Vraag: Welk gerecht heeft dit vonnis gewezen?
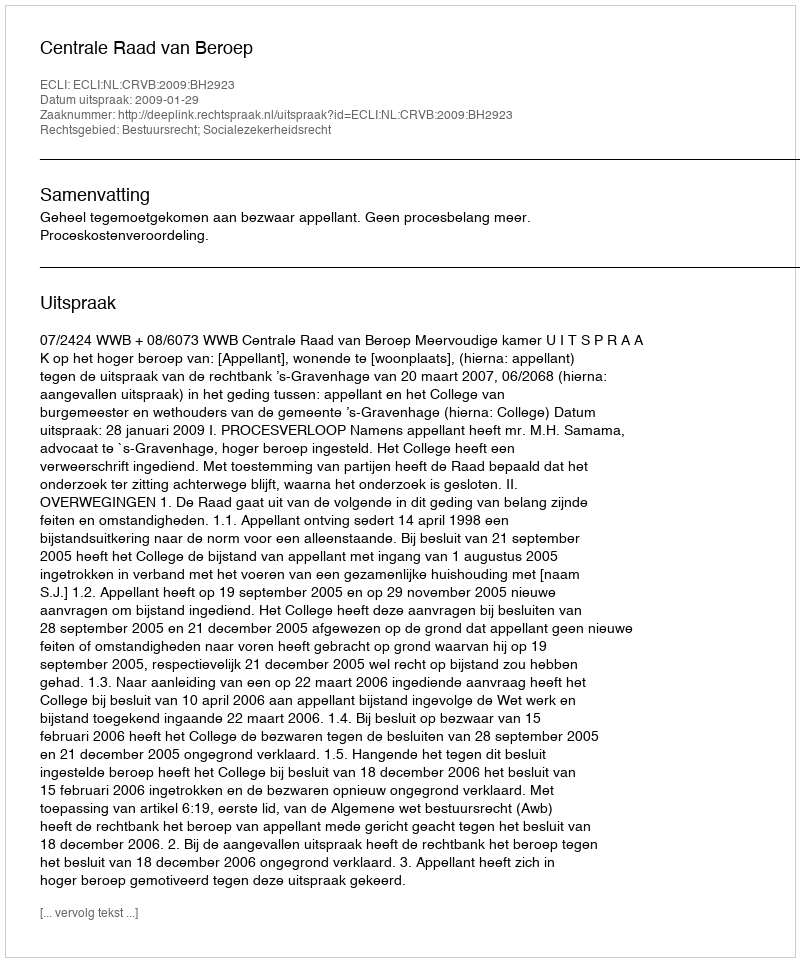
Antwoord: Centrale Raad van Beroep